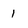
Character: 1